Mental hospitals Bombay report 1921-28 - 1921-1928
Year: 1921
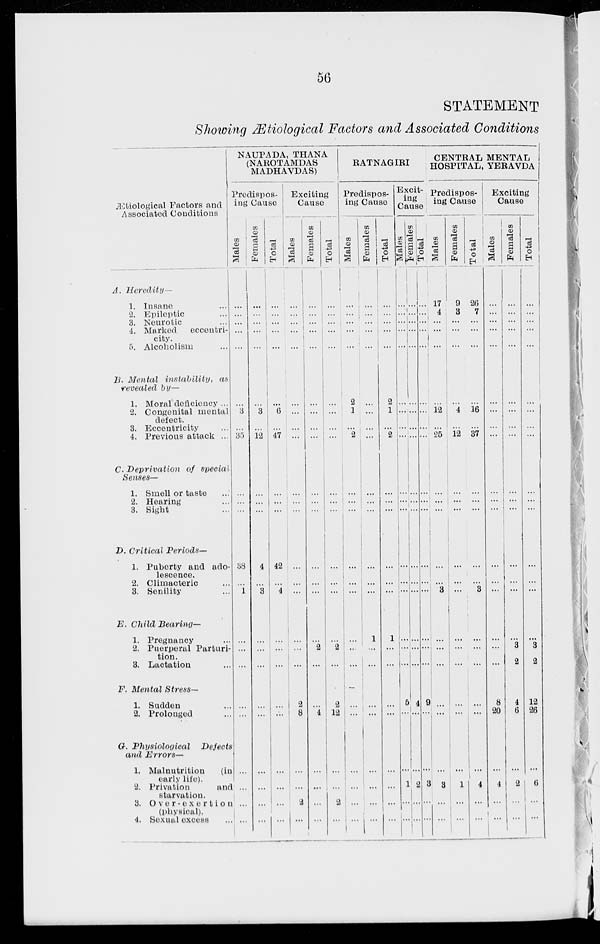
56
STATEMENT
Showing Ætiological Factors and Associated Conditions
Ætiological Factors and
Associated Conditions
A.
Heredity—
1. Insane ...
2. Epileptic ...
3. Neurotic ...
4. Marked
eccentri-
city.
5. Alcoholism ...
B. Mental instability,
as
revealed by—
1. Moral deficiency ...
2. Congenital mental
defect.
3. Eccentricity ...
4. Previous attack ...
C. Deprivation
of special
Senses—
1. Smell or taste ...
2. Hearing ...
3. Sight ...
D. Critical Periods—
1. Puberty and ado-
lescence.
2. Climacteric ...
3. Senility ...
E. Child Bearing—
1. Pregnancy ...
2. Puerperal Parturi-
tion.
3. Lactation ...
F. Mental Stress—
1. Sudden ...
2. Prolonged ...
G. Physiological
Defects
and Errors—
1. Malnutrition
(in
early life).
2. Privation
and
starvation.
3. over - exertion
(physical).
4. Sexual excess ...
NAUPADA, THANA
(NAROTAMDAS
MADHAVDAS)
Predispos-
ing Cause
Males
...
...
...
...
...
...
...
3
...
35
...
...
...
38
...
1
...
...
...
...
...
...
...
...
...
Females
...
...
...
...
...
...
...
3
...
12
...
...
...
4
...
3
...
...
...
...
...
...
...
...
...
Total
...
...
...
...
...
...
...
6
...
47
...
...
...
42
...
4
...
...
...
...
...
...
...
...
...
Exciting
Cause
Males
...
...
...
...
...
...
...
...
...
...
...
...
...
...
...
...
...
...
...
2
8
...
...
2
...
Females
...
...
...
...
...
...
...
...
...
...
...
...
...
...
...
...
...
2
...
...
4
...
...
...
...
Total
...
...
...
...
...
...
...
...
...
...
...
...
...
...
...
...
...
2
...
2
12
...
...
2
...
RATNAGIRI
Predispos-
ing Cause
Males
...
...
...
...
...
...
2
1
...
2
...
...
...
...
...
...
...
...
...
...
...
...
...
...
...
Females
...
...
...
...
...
...
...
...
...
...
...
...
...
...
...
...
1
...
...
...
...
...
...
...
...
Total
...
...
...
...
...
...
2
1
...
2
...
...
...
...
...
...
1
...
...
...
...
...
...
...
...
Excit-
ing
Cause
Males
...
...
...
...
...
...
...
...
...
...
...
...
...
...
...
...
...
...
...
5
...
...
1
...
...
Females
...
...
...
...
...
...
...
...
...
...
...
...
...
...
...
...
...
...
...
4
...
...
2
...
...
Total
...
...
...
...
...
...
...
...
...
...
...
...
...
...
...
...
...
...
...
9
...
...
3
...
...
CENTRAL MENTAL
HOSPITAL, YERAVDA
Predispos-
ing Cause
Males
17
4
...
...
...
...
...
12
...
25
...
...
...
...
...
3
...
...
...
...
...
...
3
...
...
Females
9
3
...
...
...
...
...
4
...
12
...
...
...
...
...
...
...
...
...
...
...
...
1
...
...
Total
26
7
...
...
...
...
...
16
...
37
...
...
...
...
...
3
...
...
...
...
...
...
4
...
...
Exciting
Cause
Males
...
...
...
...
...
...
...
...
...
...
...
...
...
...
...
...
...
...
...
8
20
...
4
...
...
Females
...
...
...
...
...
...
...
...
...
...
...
...
...
...
...
...
...
3
2
4
6
...
2
...
...
Total
...
...
...
...
...
...
...
...
...
...
...
...
...
...
...
...
...
3
2
12
26
...
6
...
...